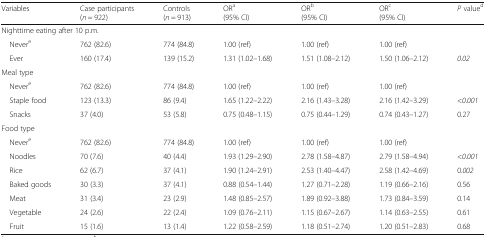
<table><thead><tr><td><b>Variables</b></td><td><b>Case participants(<i>n</i> = 922)</b></td><td><b>Controls(<i>n</i> = 913)</b></td><td><b>OR<sup>a</sup>(95% CI)</b></td><td><b>OR<sup>b</sup>(95% CI)</b></td><td><b>OR<sup>c</sup>(95% CI)</b></td><td><b><i>P</i> value<sup>d</sup></b></td></tr></thead><tbody><tr><td colspan="7">Nighttime eating after 10 p.m.</td></tr><tr><td> Never<sup>e</sup></td><td>762 (82.6)</td><td>774 (84.8)</td><td>1.00 (ref)</td><td>1.00 (ref)</td><td>1.00 (ref)</td><td></td></tr><tr><td> Ever</td><td>160 (17.4)</td><td>139 (15.2)</td><td>1.31 (1.02–1.68)</td><td>1.51 (1.08–2.12)</td><td>1.50 (1.06–2.12)</td><td><i>0.02</i></td></tr><tr><td colspan="7">Meal type</td></tr><tr><td> Never<sup>e</sup></td><td>762 (82.6)</td><td>774 (84.8)</td><td>1.00 (ref)</td><td>1.00 (ref)</td><td>1.00 (ref)</td><td></td></tr><tr><td> Staple food</td><td>123 (13.3)</td><td>86 (9.4)</td><td>1.65 (1.22–2.22)</td><td>2.16 (1.43–3.28)</td><td>2.16 (1.42–3.29)</td><td>&lt;<i>0.001</i></td></tr><tr><td> Snacks</td><td>37 (4.0)</td><td>53 (5.8)</td><td>0.75 (0.48–1.15)</td><td>0.75 (0.44–1.29)</td><td>0.74 (0.43–1.27)</td><td>0.27</td></tr><tr><td colspan="7">Food type</td></tr><tr><td> Never<sup>e</sup></td><td>762 (82.6)</td><td>774 (84.8)</td><td>1.00 (ref)</td><td>1.00 (ref)</td><td>1.00 (ref)</td><td></td></tr><tr><td> Noodles</td><td>70 (7.6)</td><td>40 (4.4)</td><td>1.93 (1.29–2.90)</td><td>2.78 (1.58–4.87)</td><td>2.79 (1.58–4.94)</td><td>&lt;<i>0.001</i></td></tr><tr><td> Rice</td><td>62 (6.7)</td><td>37 (4.1)</td><td>1.90 (1.24–2.91)</td><td>2.53 (1.40–4.47)</td><td>2.58 (1.42–4.69)</td><td>0.<i>002</i></td></tr><tr><td> Baked goods</td><td>30 (3.3)</td><td>37 (4.1)</td><td>0.88 (0.54–1.44)</td><td>1.27 (0.71–2.28)</td><td>1.19 (0.66–2.16)</td><td>0.56</td></tr><tr><td> Meat</td><td>31 (3.4)</td><td>23 (2.9)</td><td>1.48 (0.85–2.57)</td><td>1.89 (0.92–3.88)</td><td>1.73 (0.84–3.59)</td><td>0.14</td></tr><tr><td> Vegetable</td><td>24 (2.6)</td><td>22 (2.4)</td><td>1.09 (0.76–2.11)</td><td>1.15 (0.67–2.67)</td><td>1.14 (0.63–2.55)</td><td>0.61</td></tr><tr><td> Fruit</td><td>15 (1.6)</td><td>13 (1.4)</td><td>1.22 (0.58–2.59)</td><td>1.18 (0.51–2.74)</td><td>1.20 (0.51–2.83)</td><td>0.68</td></tr></tbody></table>